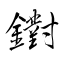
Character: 鑆